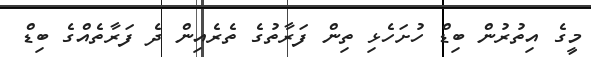
މީގެ އިތުރުން ބިޑް ހުށަހެޅި ތިން ފަރާތުގެ ތެރެއިން ދެ ފަރާތެއްގެ ބިޑް